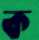
ক